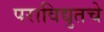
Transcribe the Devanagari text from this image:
पराविद्युतचे